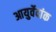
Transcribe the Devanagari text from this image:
आयुर्वेदांक